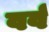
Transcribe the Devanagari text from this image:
वर्व